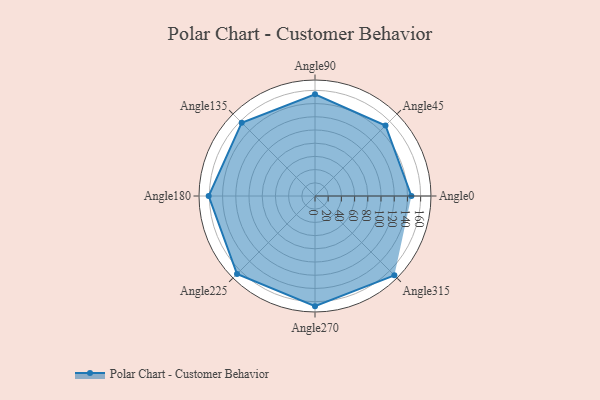
{"axis": {"x": "Angle", "y": "Radius"}, "legend": [""], "data": [{"x": "Angle0", "y": 146.0, "type": ""}, {"x": "Angle45", "y": 151.0, "type": ""}, {"x": "Angle90", "y": 154.0, "type": ""}, {"x": "Angle135", "y": 157.0, "type": ""}, {"x": "Angle180", "y": 161.0, "type": ""}, {"x": "Angle225", "y": 167.0, "type": ""}, {"x": "Angle270", "y": 167.0, "type": ""}, {"x": "Angle315", "y": 170, "type": ""}]}